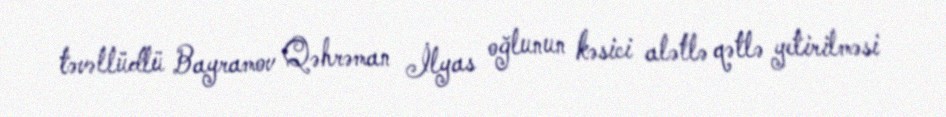
təvəllüdlü Bayramov Qəhrəman İlyas oğlunun kəsici alətlə qətlə yetirilməsi